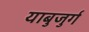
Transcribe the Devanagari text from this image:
याबुजुर्ग